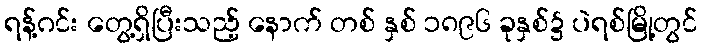
ရန့်ဂင်း တွေ့ရှိပြီးသည့် နောက် တစ် နှစ် ၁၈၉၆ ခုနှစ်၌ ပဲရစ်မြို့တွင်